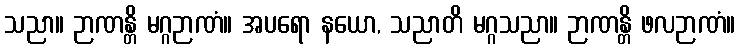
သညာ။ ဉာဏန္တိ မဂ္ဂဉာဏံ။ အပရော နယော, သညာတိ မဂ္ဂသညာ။ ဉာဏန္တိ ဖလဉာဏံ။